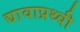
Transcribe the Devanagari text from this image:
द्यावाप्रथ्वी